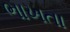
ભાખતા